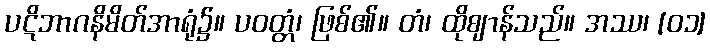
ပဋိဘာဂနိမိတ်အာရုံ၌။ ပဝတ္တံ၊ ဖြစ်၏။ တံ၊ ထိုဈာန်သည်။ အဿ၊ [၀၁]